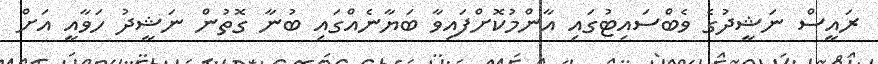
ރައީސް ނަޝީދުގެ ވެބްސައިޓުގައި އާންމުކޮށްފައިވާ ބަޔާނެއްގައި ބުނާ ގޮތުން ނަޝީދު ހަވާއީ އަށް